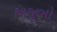
અજૂબો